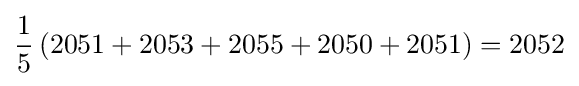
{\frac {1}{5}}\left(2051+2053+2055+2050+2051\right)=2052